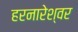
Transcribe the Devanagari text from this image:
हरनारेश्वर